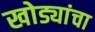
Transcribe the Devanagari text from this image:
खोड्यांचा